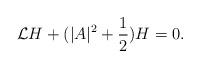
LaTeX: \begin{align*}\mathcal{L}H+(|A|^2+\frac{1}{2})H=0.\end{align*}